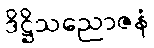
ဒိဋ္ဌိသညောဇနံ